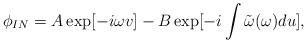
LaTeX: \begin{align*}\phi_{IN}=A\exp[-i\omega v]-B\exp[-i\int\tilde\omega (\omega) du],\end{align*}